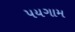
પયગામ